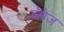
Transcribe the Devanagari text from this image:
डॅमेज